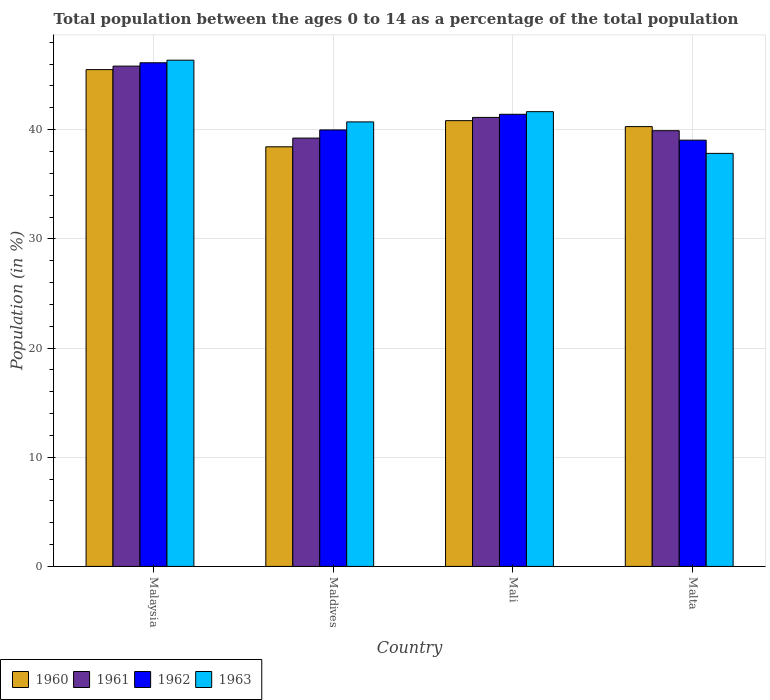
| Country | 1960 | 1961 | 1962 | 1963 |
 | --- | --- | --- | --- | --- |
 | Malaysia | 45.5 | 45.8 | 46.1 | 46.4 |
 | Maldives | 38.4 | 39.2 | 40 | 40.7 |
 | Mali | 40.8 | 41.1 | 41.4 | 41.6 |
 | Malta | 40.3 | 39.9 | 39 | 37.8 |